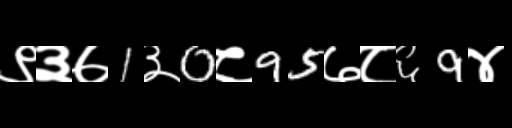
Text: ९३७1३0८95७८६9४